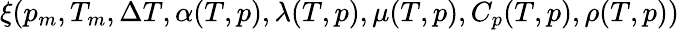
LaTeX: \xi(p_{m},T_{m},\Delta T,\alpha(T,p),\lambda(T,p),\mu(T,p),C_{p}(T,p),\rho(T,p))